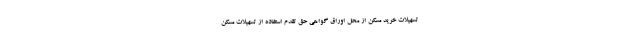
تسهیلات خرید مسکن از محل اوراق گواهی حق تقدم استفاده از تسهیلات مسکن